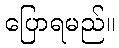
ပြောရမည်။